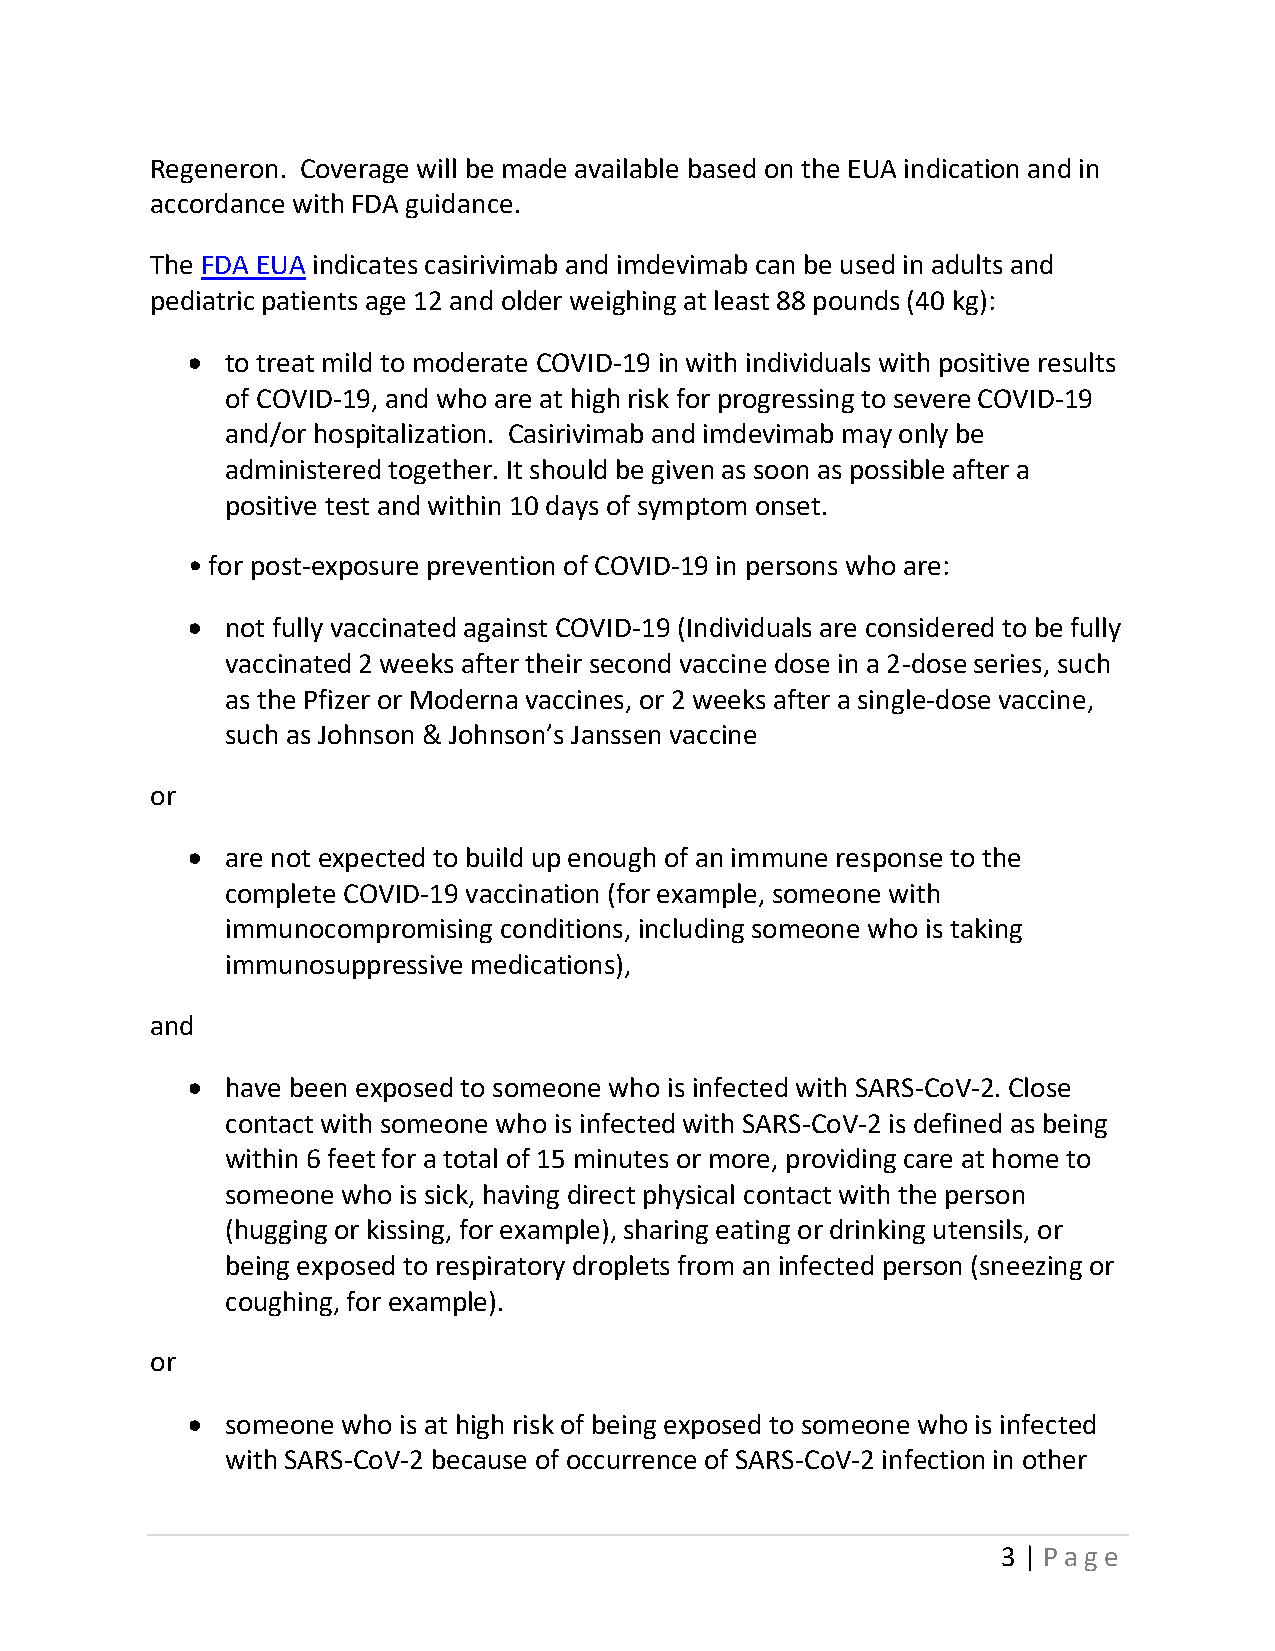
Regeneron. Coverage will be made available based on the EUA indication and in
 accordance with FDA guidance.
 The FDA EUA indicates casirivimab and imdevimab can be used in adults and
 pediatric patients age 12 and older weighing at least 88 pounds (40 kg):
 •  to treat mild to moderate COVID-19 in with individuals with positive results
 of COVID-19, and who are at high risk for progressing to severe COVID-19
 and/or hospitalization. Casirivimab and imdevimab may only be
 administered together. It should be given as soon as possible after a
 positive test and within 10 days of symptom onset.
 • for post-exposure prevention of COVID-19 in persons who are:
 •  not fully vaccinated against COVID-19 (Individuals are considered to be fully
 vaccinated 2 weeks after their second vaccine dose in a 2-dose series, such
 as the Pfizer or Moderna vaccines, or 2 weeks after a single-dose vaccine,
 such as Johnson & Johnson’s Janssen vaccine
 or
 •  are not expected to build up enough of an immune response to the
 complete COVID-19 vaccination (for example, someone with
 immunocompromising conditions, including someone who is taking
 immunosuppressive medications),
 and
 •  have been exposed to someone who is infected with SARS-CoV-2. Close
 contact with someone who is infected with SARS-CoV-2 is defined as being
 within 6 feet for a total of 15 minutes or more, providing care at home to
 someone who is sick, having direct physical contact with the person
 (hugging or kissing, for example), sharing eating or drinking utensils, or
 being exposed to respiratory droplets from an infected person (sneezing or
 coughing, for example).
 or
 •  someone who is at high risk of being exposed to someone who is infected
 with SARS-CoV-2 because of occurrence of SARS-CoV-2 infection in other
 3 | Page